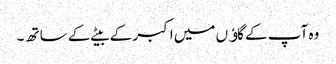
وہ آپ کے گاﺅں میں اکبر کے بیٹے کے ساتھ ۔